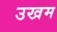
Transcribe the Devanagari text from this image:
उखम